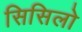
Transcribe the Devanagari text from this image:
सिसिलो